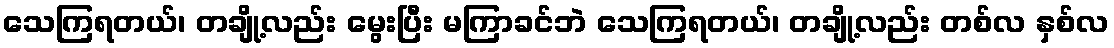
သေကြရတယ်၊ တချို့လည်း မွေးပြီး မကြာခင်ဘဲ သေကြရတယ်၊ တချို့လည်း တစ်လ နှစ်လ